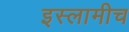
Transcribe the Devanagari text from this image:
इस्लामीच